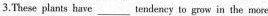
3.These plants have ___tendeney to grow in the more